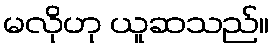
မလိုဟု ယူဆသည်။